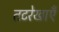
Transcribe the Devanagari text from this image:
तटरेखाएँ